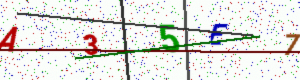
Text: A35E7